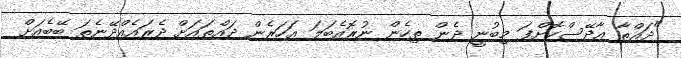
"ދައްތާ އާދޭސްކޮށްފަ މިބުނީ ދެން ތިހެން ނުރޮއެބަލަ އަހަރެން ދައްތައަށް ދެރައެއްދޭނެތަ ބޭބެއަށް